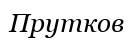
Прутков